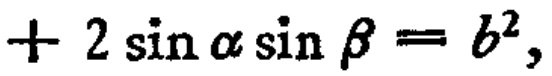
$+2\sin\alpha\sin\beta = b^{2},$